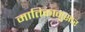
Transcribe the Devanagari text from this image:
मातिकानुसार